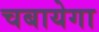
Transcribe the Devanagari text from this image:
चबायेगा